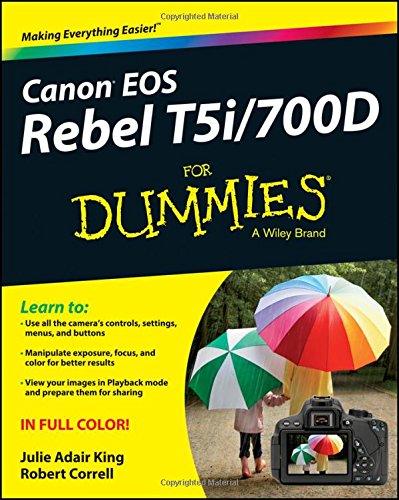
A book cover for Canon EOS Rebel T5i/700D For Dummies; Julie Adair King; Arts & Photography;